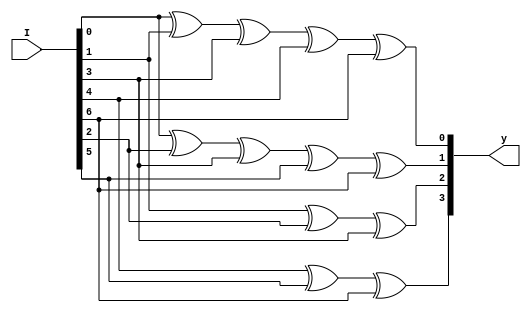
module hamming_code(I,y);
input [6:0]I;
output [3:0]y;
wire [3:0]w;
assign w=0;
assign y[0]=w[0]^I[0]^I[1]^I[3]^I[4]^I[6];
assign y[1]=w[1]^I[0]^I[2]^I[3]^I[5]^I[6];
assign y[2]=w[2]^I[1]^I[2]^I[3];
assign y[3]=w[3]^I[4]^I[5]^I[6];
endmodule